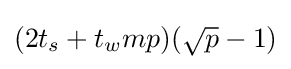
(2t_{s}+t_{w}mp)({\sqrt {p}}-1)